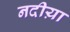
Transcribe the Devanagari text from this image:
नदीय़ा